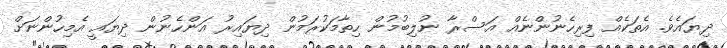
ދިޔައެވެ. އެތަކެއް ފިރިހެނުންނެއް އަސްރާ ނުލިބުމުން ހިތާމަކުރަމުން ދިޔައިރު އަންހެނުން ދިޔައީ އެމިހުންނަށް